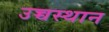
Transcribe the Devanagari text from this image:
उच्चस्थान